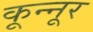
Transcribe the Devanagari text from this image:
कून्‍नूर